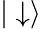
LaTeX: |\downarrow\rangle